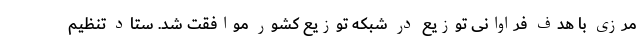
مرزی با هدف فراوانی توزیع در شبکه توزیع کشور موافقت شد. ستاد تنظیم